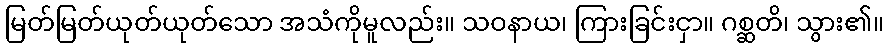
မြတ်မြတ်ယုတ်ယုတ်သော အသံကိုမူလည်း။ သဝနာယ၊ ကြားခြင်းငှာ။ ဂစ္ဆတိ၊ သွား၏။